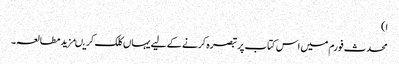
ا)
محدث فورم میں اس کتاب پر تبصرہ کرنے کے لیے یہاں کلک کریںمزید مطالعہ۔